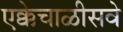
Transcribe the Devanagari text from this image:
एक्केचाळीसवे